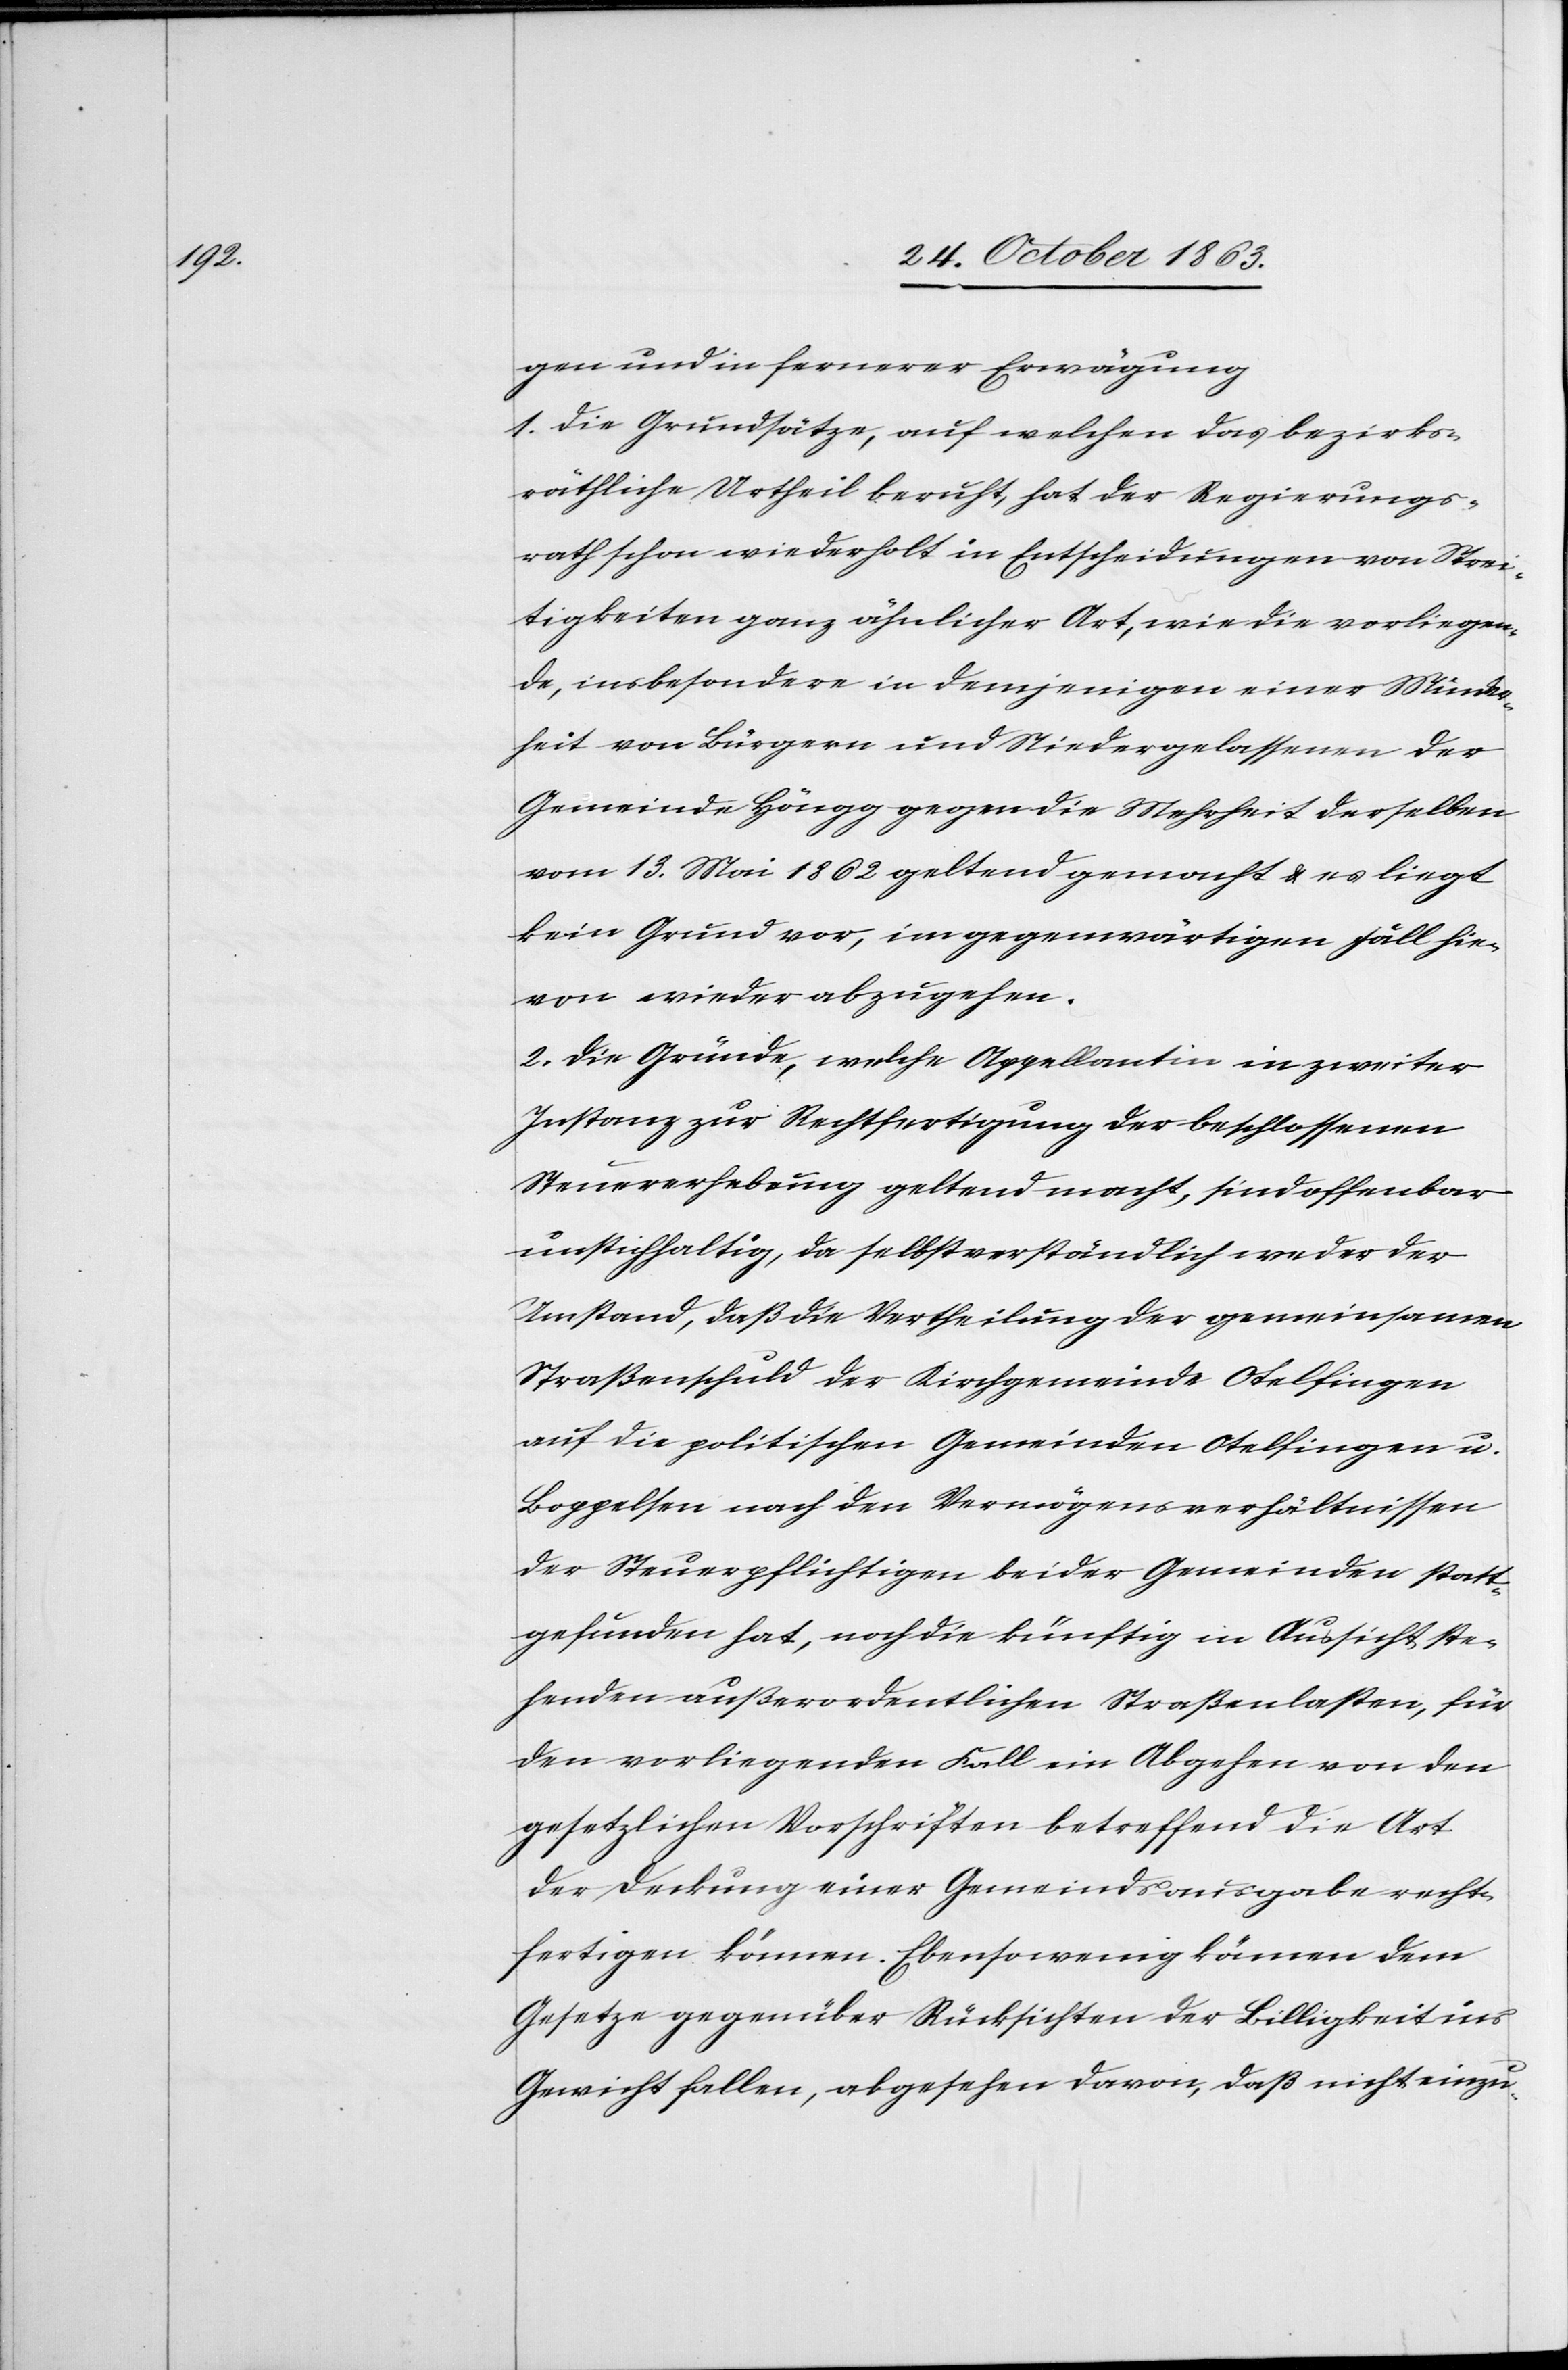
gen und in fernerer Erwägung
1. Die Grundsätze, auf welchen das bezirks¬
räthliche Urtheil beruht, hat der Regierungs¬
rath schon wiederholt in Entscheidungen von Strei¬
tigkeiten ganz ähnlicher Art, wie die vorliegen¬
de, insbesondere in demjenigen einer Minder¬
heit von Bürgern und Niedergelassenen der
Gemeinde Höngg gegen die Mehrheit derselben
vom 13. Mai 1862 geltend gemacht & es liegt
kein Grund vor, im gegenwärtigen Fall hie¬
von wieder abzugehen.
2. Die Gründe, welche Appellantin in zweiter
Instanz zur Rechtfertigung der beschlossenen
Steuererhebung geltend macht, sind offenbar
unstichhaltig, da selbstverständlich weder der
Umstand, daß die Vertheilung der gemeinsamen
Straßenschuld der Kirchgemeinde Otelfingen
auf die politische Gemeinden Otelfingen u.
Boppelsen nach den Vermögensverhältnissen
der Steuerpflichtigen beider Gemeinden statt¬
gefunden hat, noch die künftig in Aussicht ste¬
henden außerordentlichen Straßenlasten, für
den vorliegenden Fall ein Abgehen von den
gesetzlichen Vorschriften betreffend die Art
der Deckung einer Gemeindsausgabe recht¬
fertigen können. Ebensowenig können dem
Gesetze gegenüber Rücksichten der Billigkeit ins
Gewicht fallen, abgesehen davon, daß nicht einzu-